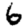
Digit: 6